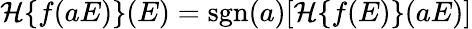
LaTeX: \mathcal{H}\{ f(aE)\} (E)=\mathrm{sgn}(a)[\mathcal{H}\{ f(E)\} (aE)]